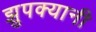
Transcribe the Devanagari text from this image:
झुपक्यानी